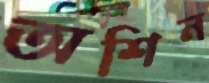
অশিন